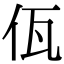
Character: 佤